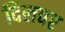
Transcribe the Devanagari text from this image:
दिलवर